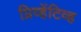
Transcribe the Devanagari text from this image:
प्रिव्हेंटिव्ह